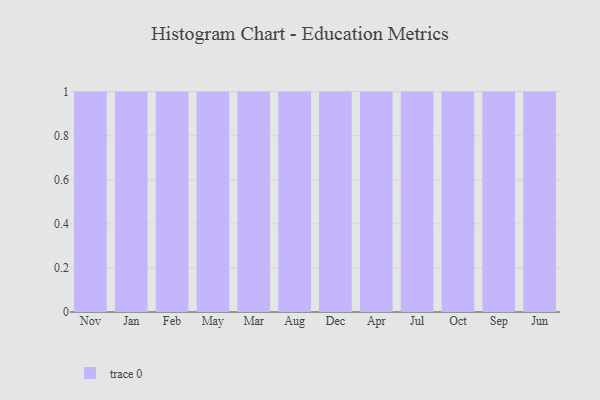
{"axis": {"x": "Month", "y": "Inventory Turnover"}, "legend": [""], "data": [{"x": "Nov", "y": 72, "type": ""}, {"x": "Jan", "y": 87, "type": ""}, {"x": "Feb", "y": 98, "type": ""}, {"x": "May", "y": 79, "type": ""}, {"x": "Mar", "y": 65, "type": ""}, {"x": "Aug", "y": 73, "type": ""}, {"x": "Dec", "y": 45, "type": ""}, {"x": "Apr", "y": 48, "type": ""}, {"x": "Jul", "y": 73, "type": ""}, {"x": "Oct", "y": 39, "type": ""}, {"x": "Sep", "y": 78, "type": ""}, {"x": "Jun", "y": 38, "type": ""}]}